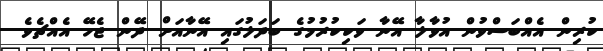
ކުރިން އެއްބަސްވުން އުވާލާ އޭނާ ވަކިކުރުމުގެ ބަދަލުގައި އޭނާއަށް ދޭން ޖެހޭ އެއްޗެވެ.